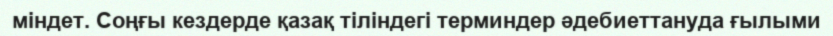
міндет. Соңғы кездерде қазақ тіліндегі терминдер әдебиеттануда ғылыми